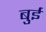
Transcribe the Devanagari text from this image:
बुई